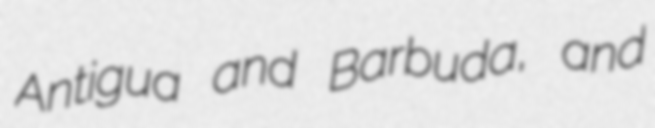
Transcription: Antigua and Barbuda, and